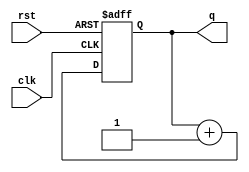
module counterup (
input clk,rst,
output reg [3:0]q);

always @(posedge clk or negedge rst)

begin
if(rst == 1'b0) q = 4'b0000;
else q = q+1;
end
endmodule